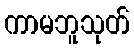
ကာမဘူသုတ်